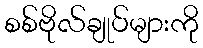
စစ်ဗိုလ်ချုပ်များကို